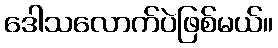
ဒေါသလောက်ပဲဖြစ်မယ်။